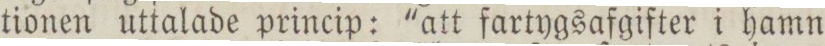
tionen uttalade princip: 'att fartygsafgifter i hamn